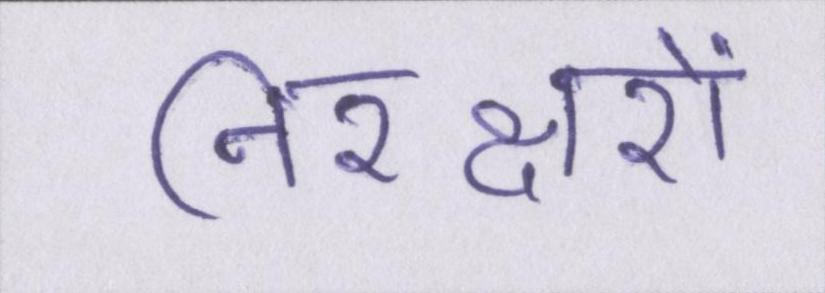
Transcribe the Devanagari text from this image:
निरक्षरों